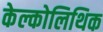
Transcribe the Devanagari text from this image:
केल्कोलिथिक